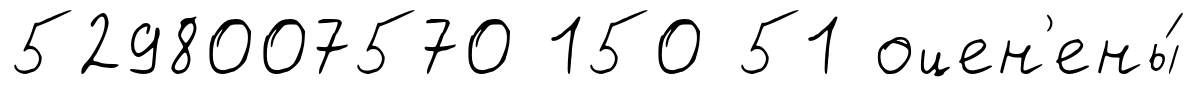
5298007570 150 51 оцен'ены́